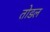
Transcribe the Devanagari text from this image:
तोडल